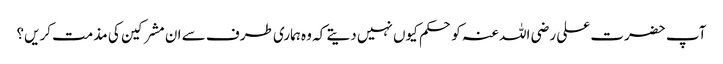
آپ حضرت علی رضی اللہ عنہ کو حکم کیوں نہیں دیتے کہ وہ ہماری طرف سے ان مشرکین کی مذمت کریں؟